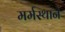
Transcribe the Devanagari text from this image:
मर्मस्थाने